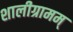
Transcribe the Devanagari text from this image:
शालीग्रामम्